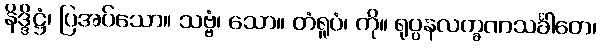
နိဒ္ဒိဋ္ဌံ၊ ပြအပ်သော။ သဗ္ဗံ၊ သော။ တံရူပံ၊ ကို။ ရုပ္ပနလက္ခဏသင်္ခါတေ၊